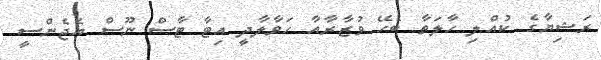
ރަޝިޔާގެ ކުއްލި ހާލަތާ ބެހޭ ވުޒާރާއާ ހަވާލާދީ އިޓާ ޓާސް ނޫސް އެޖެންސީ